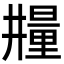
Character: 𣊼